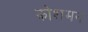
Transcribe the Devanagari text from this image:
कोशमन